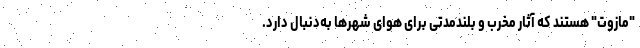
"مازوت" هستند که آثار مخرب و بلندمدتی برای هوای شهرها به‌دنبال دارد.